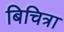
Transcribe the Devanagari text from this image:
बिचित्रा